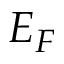
E _ { F }